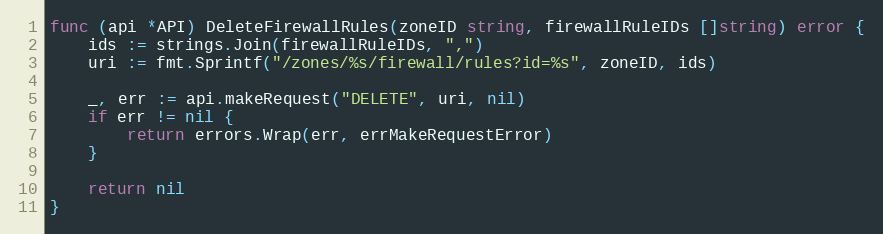
Language: Go
func (api *API) DeleteFirewallRules(zoneID string, firewallRuleIDs []string) error {
	ids := strings.Join(firewallRuleIDs, ",")
	uri := fmt.Sprintf("/zones/%s/firewall/rules?id=%s", zoneID, ids)

	_, err := api.makeRequest("DELETE", uri, nil)
	if err != nil {
		return errors.Wrap(err, errMakeRequestError)
	}

	return nil
}